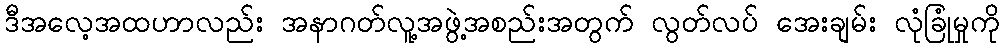
ဒီအလေ့အထဟာလည်း အနာဂတ်လူ့အဖွဲ့အစည်းအတွက် လွတ်လပ် အေးချမ်း လုံခြုံမှုကို